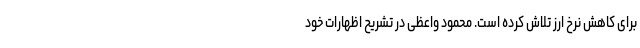
برای کاهش نرخ ارز تلاش کرده است. محمود واعظی در تشریح اظهارات خود